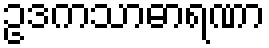
ဥဒကသာဓာရဏာ